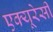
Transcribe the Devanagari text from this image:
एक्यूरेसी